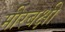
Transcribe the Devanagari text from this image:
मीरबक्षी